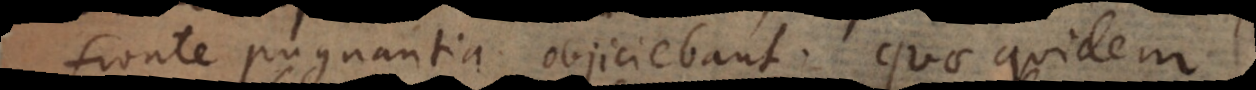
fronte pugnantia objiciebant. Quae quidem